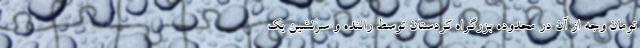
تومان وجه از آن در محدوده بزرگراه کردستان توسط راننده و سرنشین یک